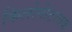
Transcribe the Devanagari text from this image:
किलोमीटरतक